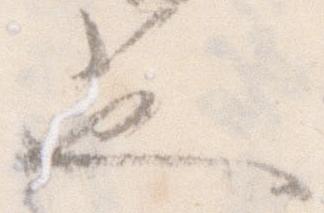
也